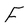
Character: F